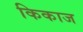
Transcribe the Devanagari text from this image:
किकाज